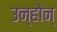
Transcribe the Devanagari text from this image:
उन्होन्